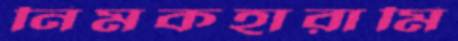
নিমকহারামি